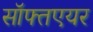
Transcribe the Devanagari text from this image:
सॉफ्तएयर